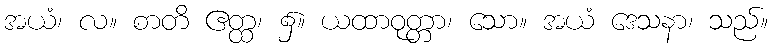
အယံ၊ လ။ စာတိ ဧတ္ထ၊ ၌။ ယထာဝုတ္တာ၊ သော။ အယံ ဒေသနာ၊ သည်။